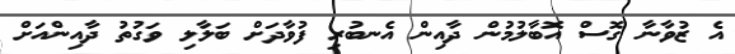
އެ ޒުވާނާ ގޮސް އޮބާލުމުން ދާއިން އެނބުރި ފުވާދަށް ބަލާލި ވަގުތު ދާއިންއަށް